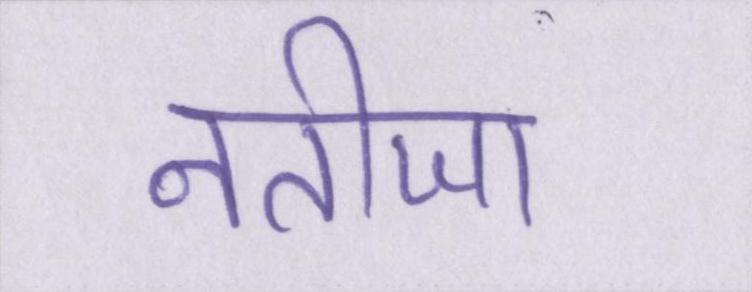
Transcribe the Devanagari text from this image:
नतीजा